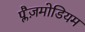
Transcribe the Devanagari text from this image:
प्लैज़मोडियम